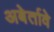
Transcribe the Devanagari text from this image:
अबेर्तावे